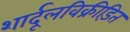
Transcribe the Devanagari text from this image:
शार्दूलविक्रीड़ित